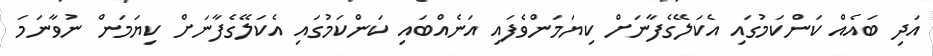
އަދި ބައެއް ކަންކަމުގައި އެކަލޭގެފާނަށް ކިޔަމަންވެފައި އަނެއްބައި ކަންކަމުގައި އެކަލޭގެފާނަށް ކިޔަމަން ނުވާނަމަ